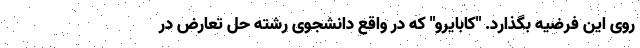
روی این فرضیه بگذارد. "کابایرو" که در واقع دانشجوی رشته حل تعارض در